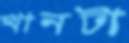
খানটা